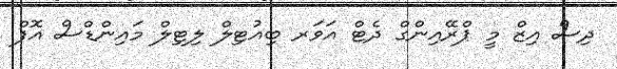
ދިސް އިޒް މީ ޕްރޭއިންގް ދެޓް އަވަރ ބިއުޓިލް ލިޓިލް މައިންޑްސް އޮފް